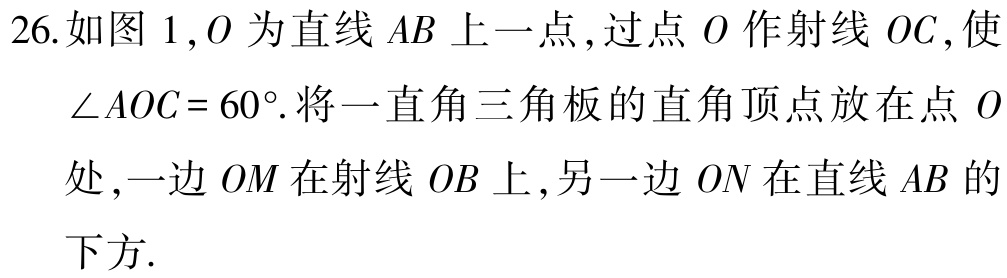
26.如图 1,$O$为直线$AB$上一点,过点$O$作射线$OC$,使

$\angle AOC = 60^{\circ}$.将一直角三角板的直角顶点放在点$O$

处,一边$OM$在射线$OB$上,另一边$ON$在直线$AB$的

下方.